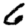
Digit: 6